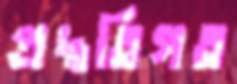
প্রদ্ধতিগত